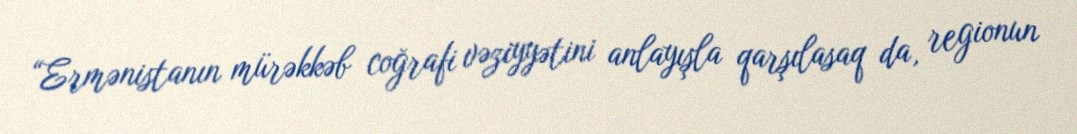
“Ermənistanın mürəkkəb coğrafi vəziyyətini anlayışla qarşılasaq da, regionun